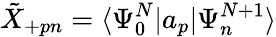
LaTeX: \tilde{X}_{+pn}=\langle\Psi_{0}^{N}|a_{p}|\Psi_{n}^{N+1}\rangle